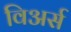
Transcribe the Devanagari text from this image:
विअर्स